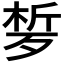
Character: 𣨗